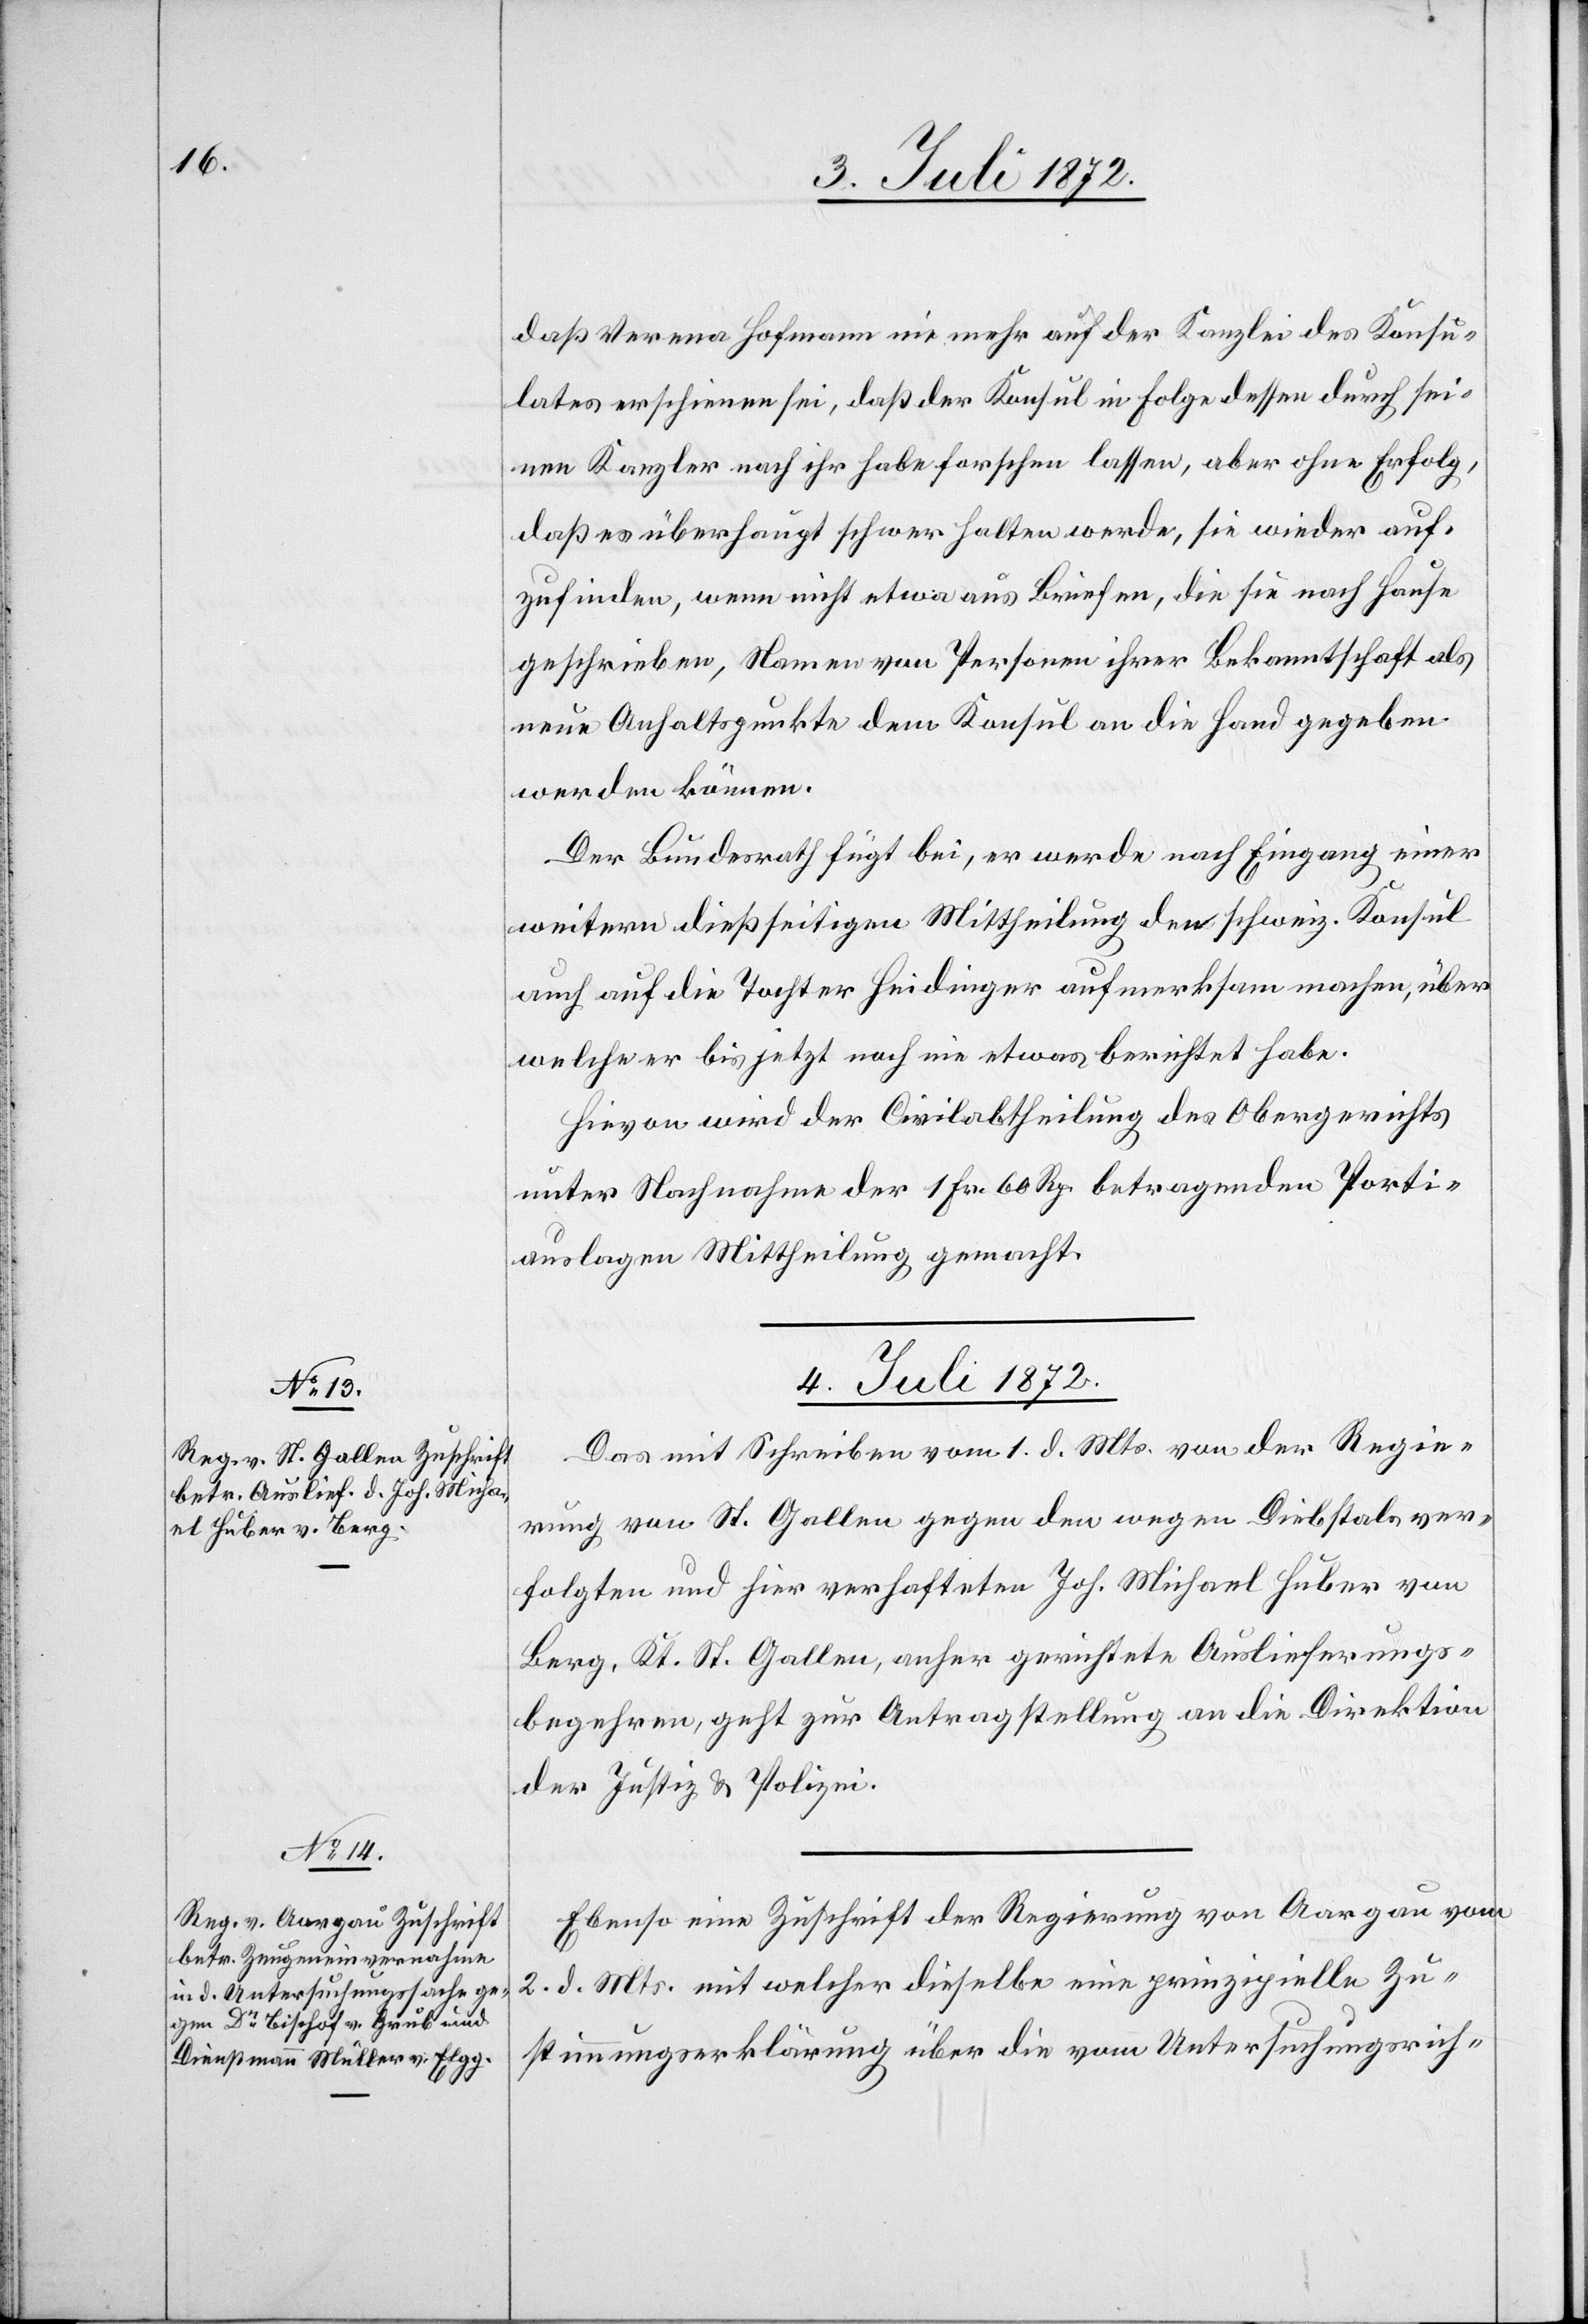
daß Verena Hofmann nie mehr auf der Kanzlei des Konsu¬
lates erschienen sei, daß der Konsul in Folge dessen durch sei¬
nen Kanzler nach ihr habe forschen lassen, aber ohne Erfolg,
daß es überhaupt schwer halten werde, sie wieder auf¬
zufinden, wenn nicht etwas aus Briefen, die sie nach Hause
geschrieben, Namen von Personen ihrer Bekanntschaft als
neue Anhaltspunkte dem Konsul in die Hand gegeben
werden können.
Der Bundesrath fügt bei, er werde nach Eingang einer
weitern dießseitigen Mittheilung den schweiz. Konsul
auch auf die Tochter Heidinger aufmerksam machen, über
welche er bis jetzt noch nie etwas berichtet habe.
Hievon wird der Civilabtheilung des Obergerichts
unter Nachnahme der 1 Fr. 60 Rp. betragenden Porti¬
auslagen Mittheilung gemacht.
4. Juli 1872.]
Das mit Schreiben vom 1. d. Mts. von der Regie¬
rung von St. Gallen gegen den wegen Diebstals ver¬
folgten und hier verhafteten Joh. Michael Huber von
Berg, Kt. St. Gallen, anher gerichtete Auslieferungs¬
begehren, geht zur Antragstellung an die Direktion
der Justiz u. Polizei.
Ebenso eine Zuschrift der Regierung von Aargau vom
2. d. Mts. mit welcher dieselbe eine prinzipielle Zu¬
stimmungserklärung über die vom Untersuchungsrich-